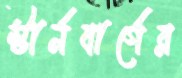
স্টার্নবার্গের